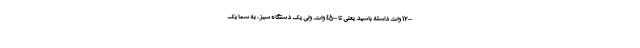
1200 وات داشته باشید یعنی تا 4500 وات. ولی یک دستگاه سبز، به شما یک